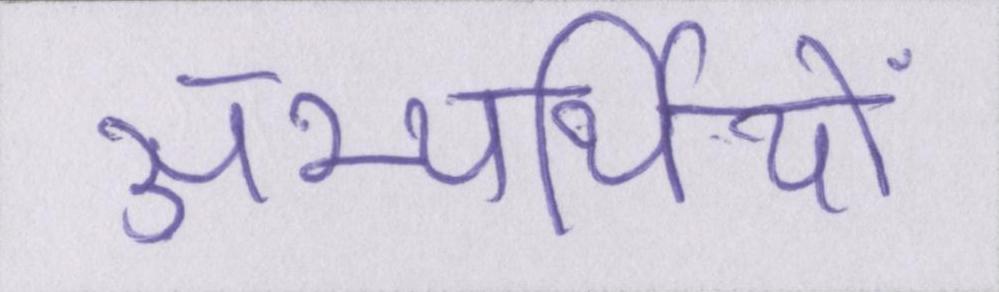
अभ्यर्थियों